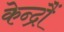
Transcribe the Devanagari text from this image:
केन्द्रौं